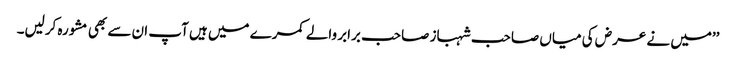
’’میں نے عرض کی میاں صاحب شہباز صاحب برابر والے کمرے میں ہیں آپ ان سے بھی مشورہ کرلیں۔